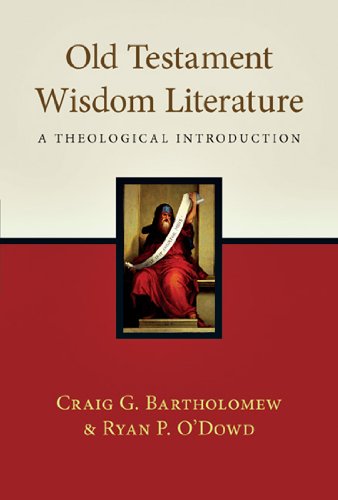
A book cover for Old Testament Wisdom Literature: A Theological Introduction; Craig G. Bartholomew; Christian Books & Bibles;